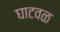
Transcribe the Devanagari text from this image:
घाटवळ